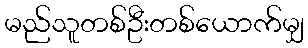
မည်သူတစ်ဦးတစ်ယောက်မျှ